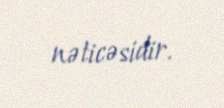
nəticəsidir.